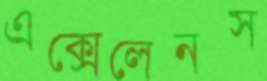
এক্সেলেনস